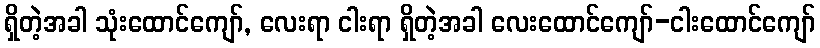
ရှိတဲ့အခါ သုံးထောင်ကျော်, လေးရာ ငါးရာ ရှိတဲ့အခါ လေးထောင်ကျော်-ငါးထောင်ကျော်